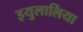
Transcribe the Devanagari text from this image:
इयुलालिया